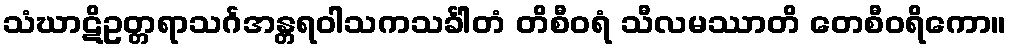
သံဃာဋိဥတ္တရာသင်္ဂအန္တရဝါသကသင်္ခါတံ တိစီဝရံ သီလမဿာတိ တေစီဝရိကော။